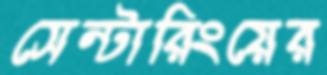
সেন্টারিংয়ের